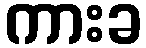
ကားခ